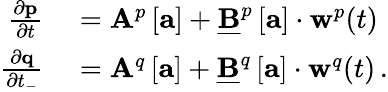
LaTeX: \begin{array}{rl}{\frac{\partial\mathbf{p}}{\partial t}}&{{}=\mathbf{A}^{p}\left[\mathbf{a}\right]+\underline{{\mathbf{B}}}^{p}\left[\mathbf{a}\right]\cdot\mathbf{w}^{p}(t)\, }\\ {\frac{\partial\mathbf{q}}{\partial t_{-}}}&{{}=\mathbf{A}^{q}\left[\mathbf{a}\right]+\underline{{\mathbf{B}}}^{q}\left[\mathbf{a}\right]\cdot\mathbf{w}^{q}(t)\, .}\end{array}